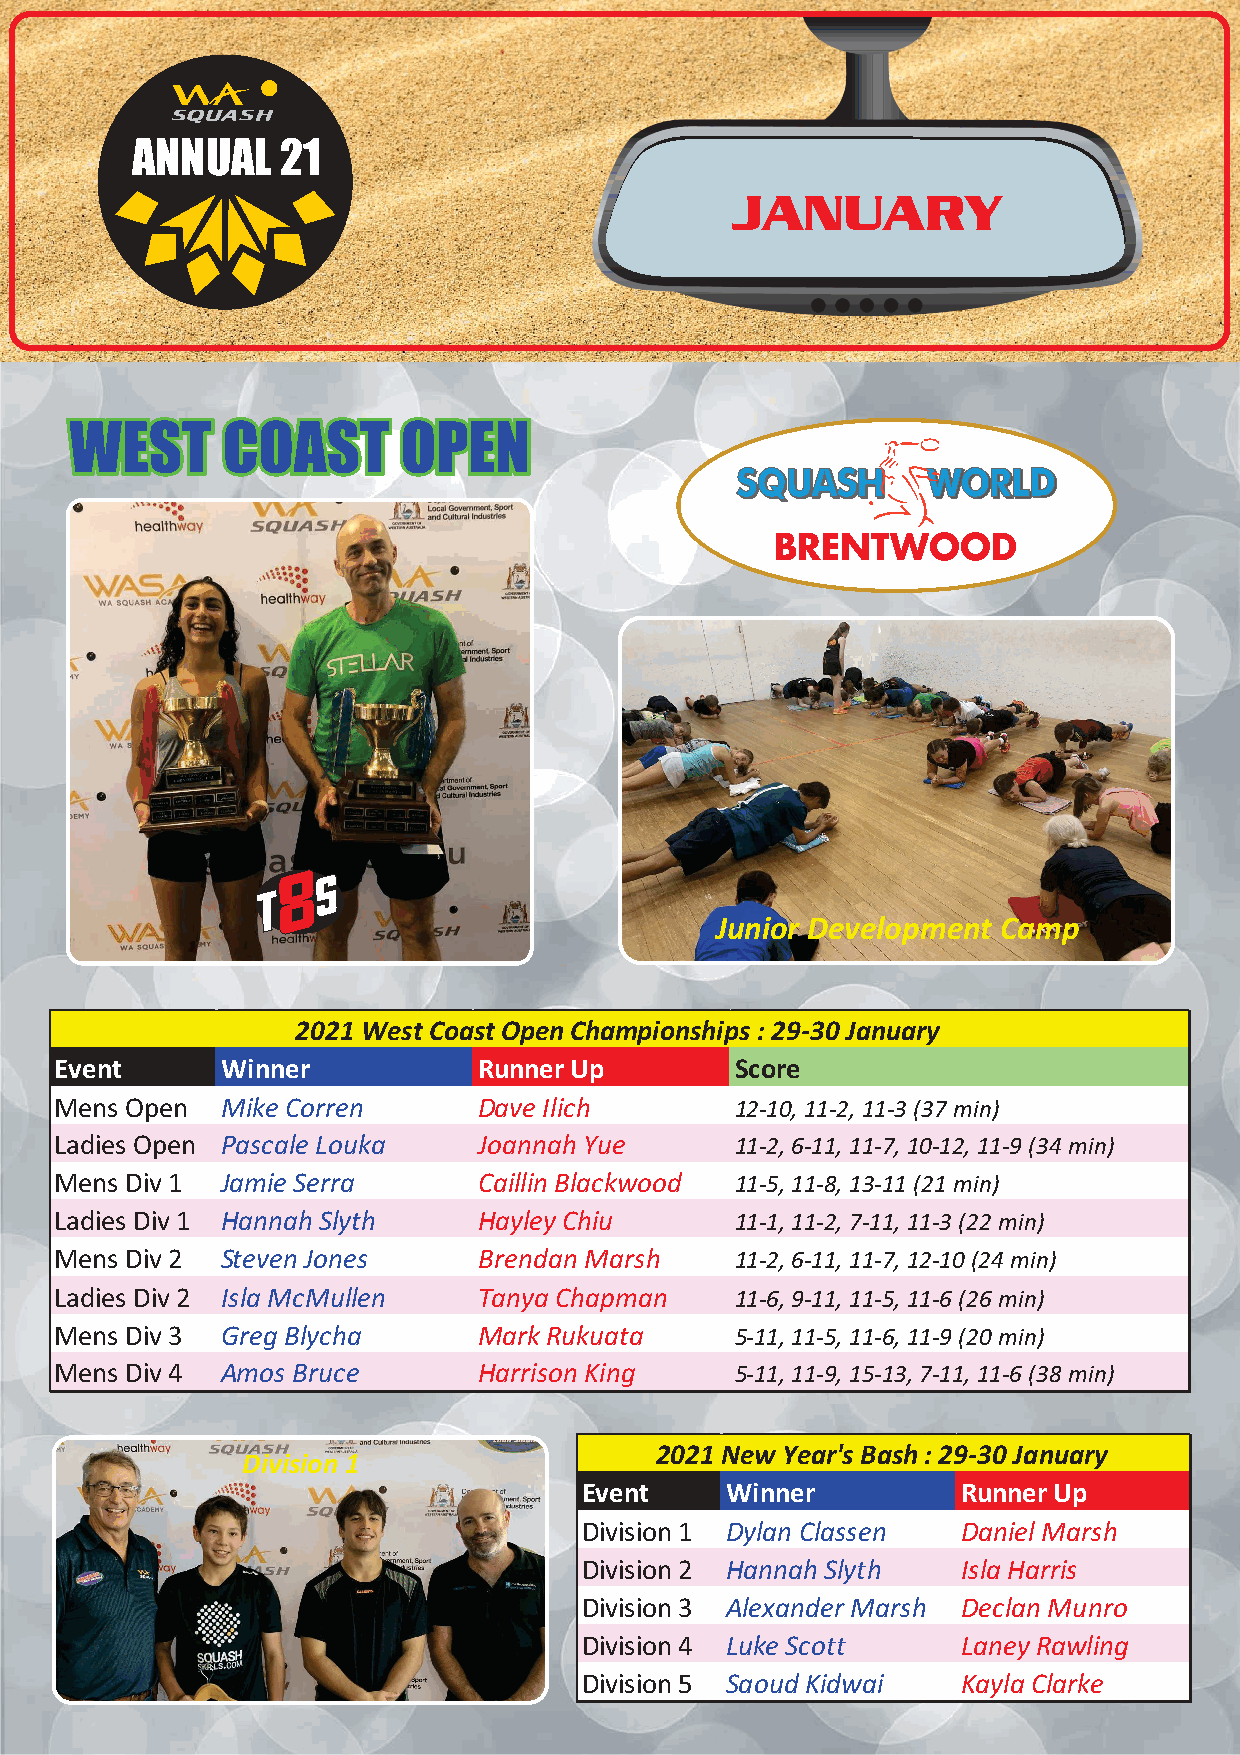
ANNUAL    21
 JANUARY
 WEST      COAST       OPEN
 BRENTWOOD
 8
 S
 Junior Development Camp
 2021 West Coast OpenChampionships:29-30 January
 Event      Winner           RunnerUp         Score
 Mens Open  Mike Corren      Dave Ilich       12-10, 11-2, 11-3(37min)
 Ladies Open Pascale Louka   Joannah Yue      11-2, 6-11, 11-7, 10-12, 11-9(34min)
 Mens Div1  Jamie Serra      Caillin Blackwood 11-5, 11-8, 13-11(21min)
 Ladies Div1 Hannah Slyth    HayleyChiu       11-1, 11-2, 7-11, 11-3(22min)
 Mens Div2  Steven Jones     Brendan Marsh    11-2, 6-11, 11-7, 12-10(24min)
 Ladies Div2 Isla McMullen   Tanya Chapman    11-6, 9-11, 11-5, 11-6(26min)
 Mens Div3  Greg Blycha      MarkRukuata      5-11, 11-5, 11-6, 11-9(20min)
 Mens Div4  Amos Bruce       Harrison King    5-11, 11-9, 15-13, 7-11, 11-6(38min)
 2021 NewYear'sBash:29-30 January
 Division 1
 Event     Winner          RunnerUp
 Division1 Dylan Classen   DanielMarsh
 Division2 Hannah Slyth    Isla Harris
 Division3 Alexander Marsh Declan Munro
 Division4 Luke Scott      LaneyRawling
 Division5 Saoud Kidwai    Kayla Clarke